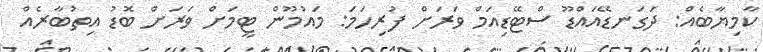
ކާމިޔާބެއް: ދަގަނޑޭއައްޑޫ ސްޓޭޑިއަމް ވަރަށް ފުރިހަމަ: މައުމޫން ޓީމަށް ވަރަށް ބޮޑު އިތުބާރެއް